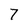
Character: 7